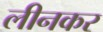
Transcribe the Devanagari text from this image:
लीनकर